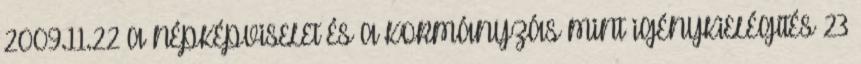
2009.11.22 A NÉPKÉPVISELET ÉS A KORMÁNYZÁS MINT IGÉNYKIELÉGÍTÉS 23